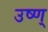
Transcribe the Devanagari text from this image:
उष्ण्